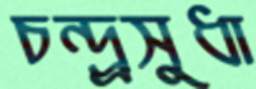
চন্দ্র্রসুধা